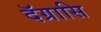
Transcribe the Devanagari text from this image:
दॅग्रासि